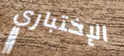
الإختباري